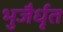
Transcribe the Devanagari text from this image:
भुजैर्धृत